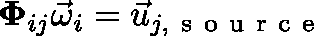
\mathbf { \Phi } _ { i j } \vec { \omega } _ { i } = \vec { u } _ { j , \mathrm { ~ s ~ o ~ u ~ r ~ c ~ e ~ } }